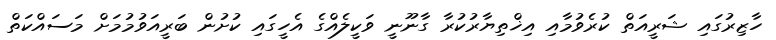
ހާޒިރުގައި ޝަރީއަތް ކުރެވުމާއި އިޚްތިޔާރުކުރާ ގާނޫނީ ވަކީލެއްގެ އެހީގައި ކުށުން ބަރީއަވުމުމަށް މަސައްކަތް